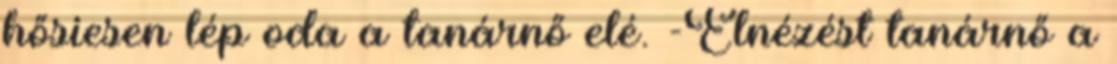
hősiesen lép oda a tanárnő elé. -Elnézést tanárnő a